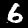
Digit: 6